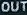
OUT